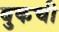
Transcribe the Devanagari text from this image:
बुकची